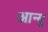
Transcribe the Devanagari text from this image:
आन्यु